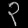
Digit: ၃